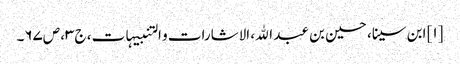
[۱] ابن سینا، حسین بن عبد الله، الاشارات و التنبیہات، ج‌۳، ص‌۶۷‌۔